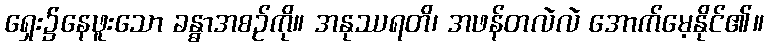
ရှေး၌နေဖူးသော ခန္ဓာအစဉ်ကို။ အနုဿရတိ၊ အဖန်တလဲလဲ အောက်မေ့နိုင်၏။